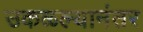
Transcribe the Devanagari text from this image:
उकळल्यानंतर